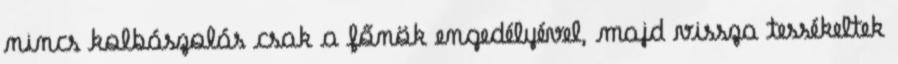
nincs kolbászolás csak a főnök engedélyével, majd vissza tessékeltek